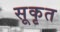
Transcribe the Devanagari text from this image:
सूकृत